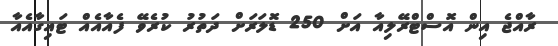
ރާއްޖެ އިން އޮސްޓްރޭލިއާ އަށް 250 ޑޮލަރަށް ދަތުރު ކުރެވޭ ފެއާއެއް ޓައިގާއެއާ